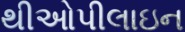
થીઓપીલાઇન